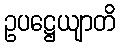
ဥပဋ္ဌေယျာတိ